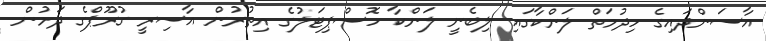
އާސަންދައިގެ ހިދުމަތް ލަންކާގައި ލިބެނީ ލަންކާ ހޮސްޕިޓަލުގެ އިތުރުން އާސިރީ ގުރޫޕްގެ ދަށުން